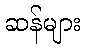
ဆန်များ